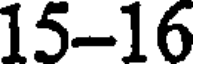
15-16